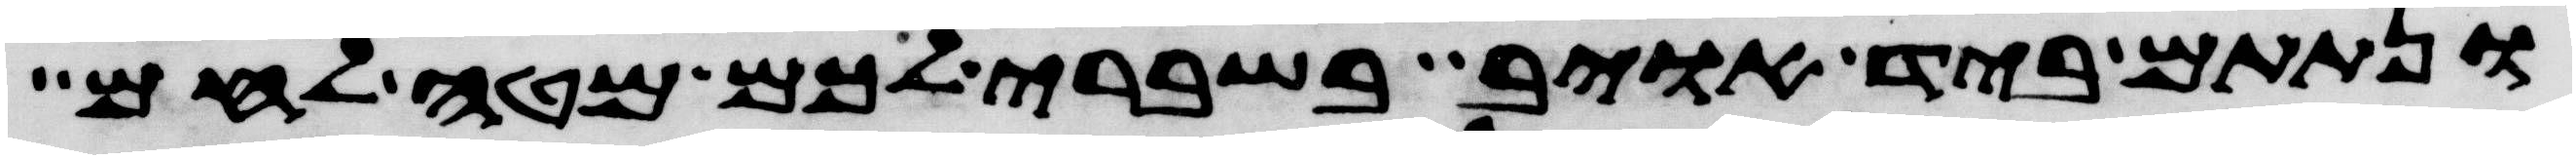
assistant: ונתתם ביד אויב בשברי לכם מטה לחם